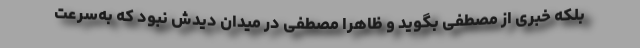
بلکه خبری از مصطفی بگوید و ظاهراً مصطفی در میدان دیدش نبود که به‌سرعت